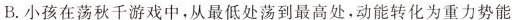
B. 小孩在荡秋千游戏中，从最低处荡到最高处，动能转化为重力势能